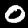
Digit: 0